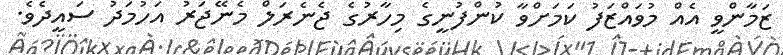
ޒަމާންވީ އެއް މުވައްޒަފު ކަމަށްވާ ކުންފުނީގެ މިހާރުގެ ޖެނެރަލް މެނޭޖަރު އަހުމަދު ސައީދެވެ.